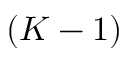
( K - 1 )